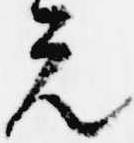
元